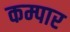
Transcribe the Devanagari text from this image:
कम्पार